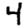
Digit: 4